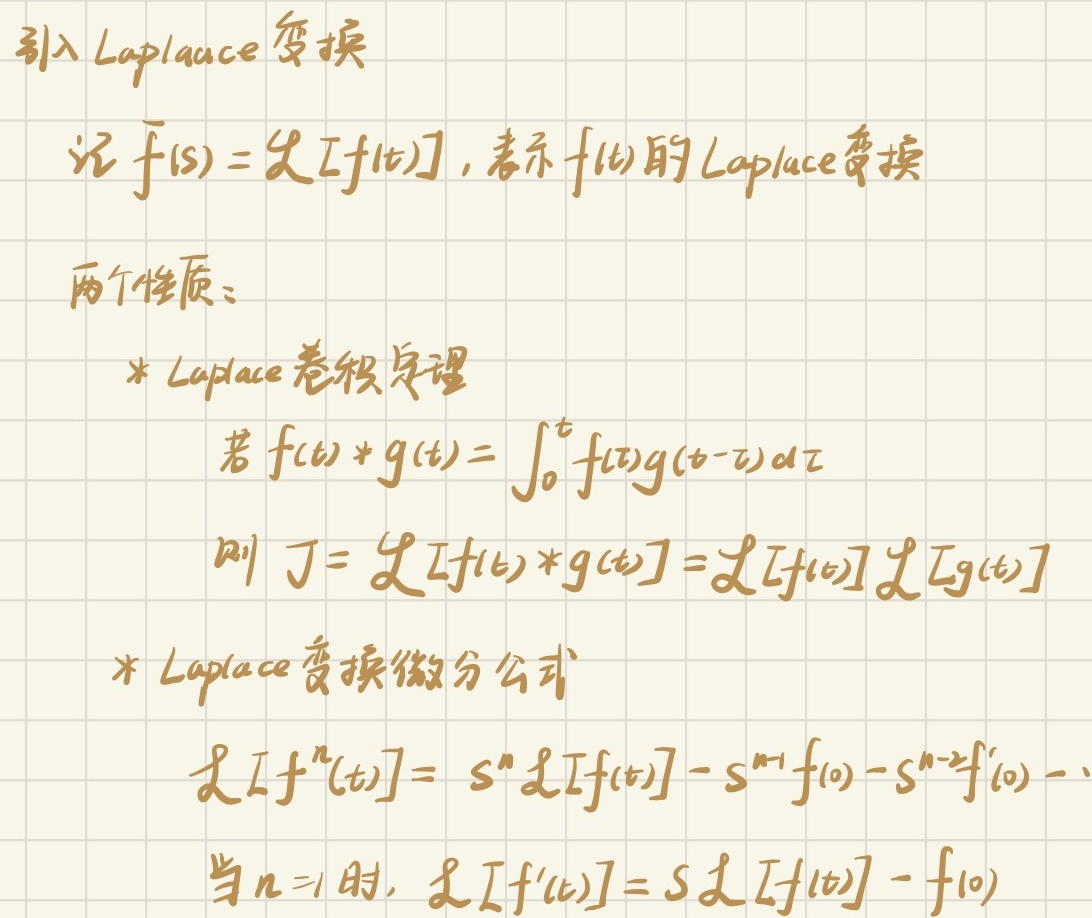
引入 Laplace 变换

记 $\mathcal{L}[f(t)] = F(s)$，表示 $f(t)$ 的 Laplace 变换

两个性质：
* Laplace 卷积定理
若 $f(t) * g(t) = \int_{0}^{t} f(\tau)g(t - \tau) d\tau$
则 $J = \mathcal{L}[f(t) * g(t)] = \mathcal{L}[f(t)]\mathcal{L}[g(t)]$
* Laplace 变换微分公式
$\mathcal{L}[f^{(n)}(t)] = s^{n}\mathcal{L}[f(t)] - s^{n - 1}f(0) - s^{n - 2}f^{\prime}(0) - \cdots$
当 $n = 1$ 时，$\mathcal{L}[f^{\prime}(t)] = s\mathcal{L}[f(t)] - f(0)$